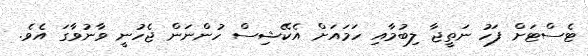
ޓެސްޓަށް ފަހު ނަތީޖާ ލިބުމާއި ހަމައަށް އެކޭޝިސް ހުންނަން ޖެހުނީ ވާނުވާގަ އެވެ.